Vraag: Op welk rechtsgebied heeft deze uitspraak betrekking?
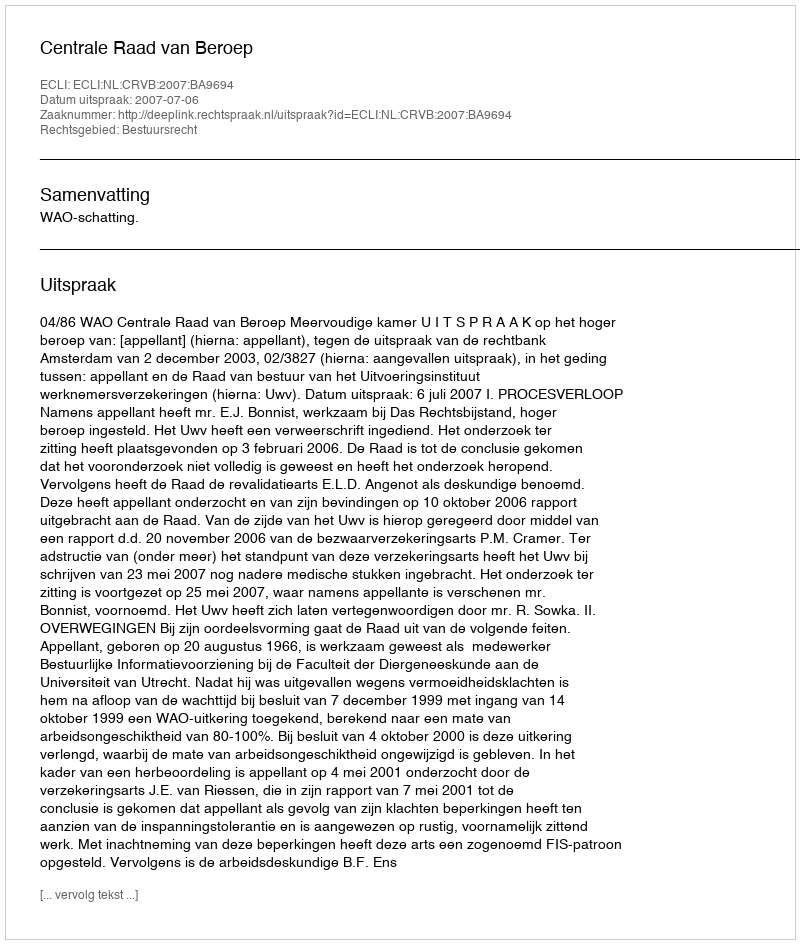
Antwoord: Bestuursrecht